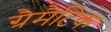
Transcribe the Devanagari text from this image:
ग्रैमैटिक